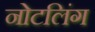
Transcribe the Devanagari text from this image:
नोटलिंग